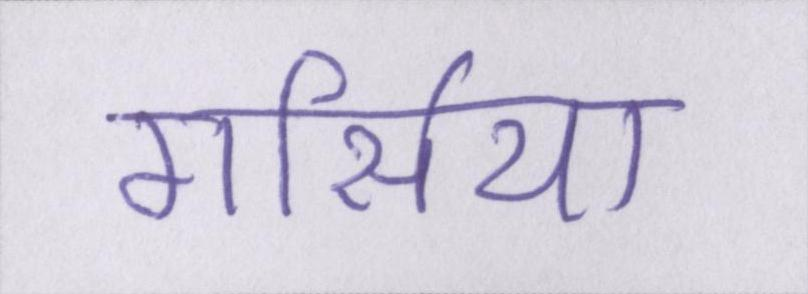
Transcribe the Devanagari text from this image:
गार्सिया